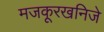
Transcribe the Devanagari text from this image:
मजकूरखनिजे